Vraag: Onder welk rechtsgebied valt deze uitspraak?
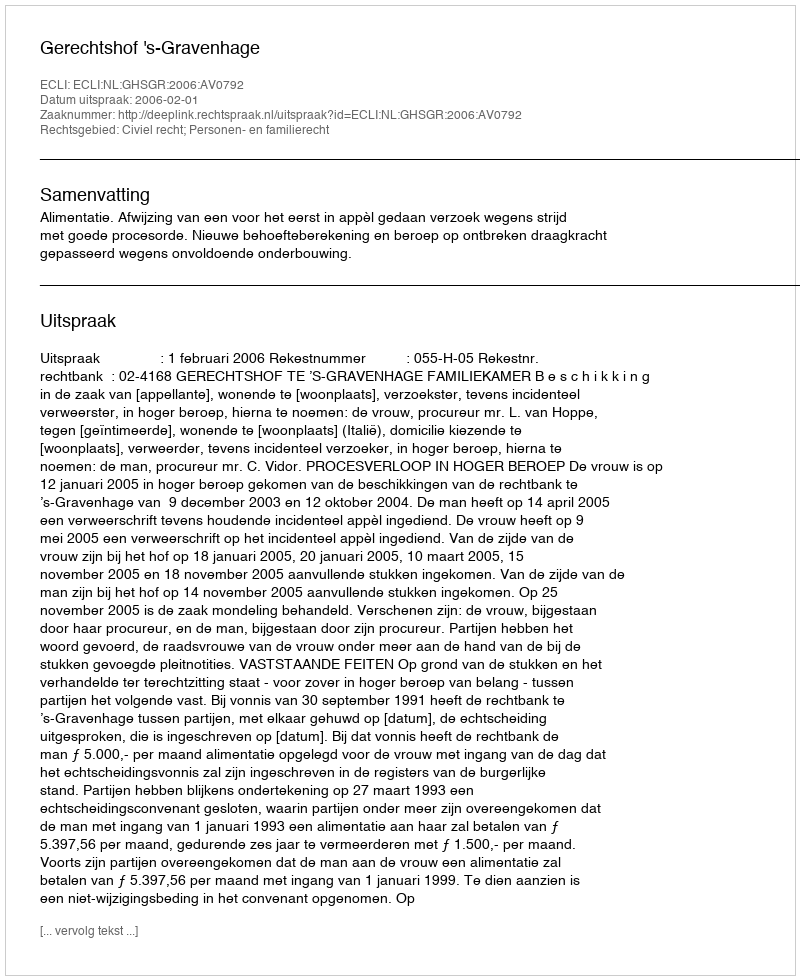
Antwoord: Civiel recht; Personen- en familierecht